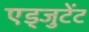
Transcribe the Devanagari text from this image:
एड्जुटेंट